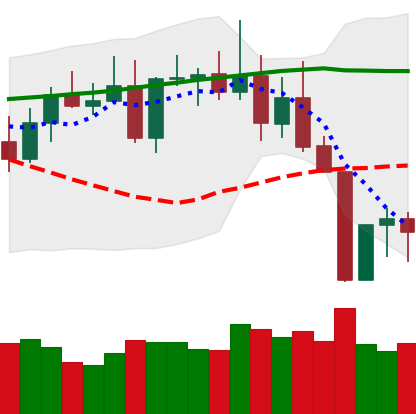
Ticker: TRX-USD
Chart end date: 2022-08-22
Forward return: -4.057%
Label: down_3_5